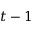
t - 1